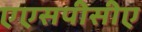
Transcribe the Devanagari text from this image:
एएसपीसीए